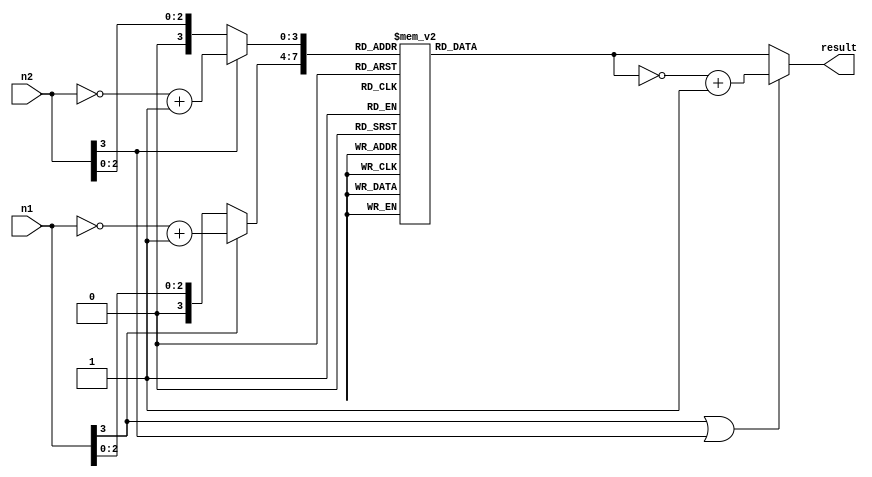
module rom(n1,n2,result);

input [3:0] n1, n2;
output wire [7:0] result;

wire [3:0] n1_mag, n2_mag;

reg [7:0] product;

assign n1_mag = n1[3] ? ~n1+1 : n1; //if msb is 1 (negative) then convert to positive.
assign n2_mag = n2[3] ? ~n2+1 : n2;

always @ (n1_mag or n2_mag) begin
	case({n1_mag,n2_mag})
		17: product = 1; //1*1
		18: product = 2; //1*2
		19: product = 3; //1*3
		20: product = 4;
		21: product = 5;
		22: product = 6;
		23: product = 7;
		24: product = 8; //1*8
	
		33: product = 2; //2*1
		34: product = 4; //2*2
		35: product = 6; //2*3
		36: product = 8;
		37: product = 10;
		38: product = 12;
		39: product = 14;
		40: product = 16; //2*8

		49: product = 3; //3*1
		50: product = 6; //3*2
		51: product = 9; //3*3
		52: product = 12;
		53: product = 15;
		54: product = 18;
		55: product = 21;
		56: product = 24; //3*8

		65: product = 4; //4*1
		66: product = 8; //4*2
		67: product = 12; //4*3
		68: product = 16;
		69: product = 20;
		70: product = 24;
		71: product = 28;
		72: product = 32; //4*8

		81: product = 5; //5*1
		82: product = 10;
		83: product = 15;
		84: product = 20;
		85: product = 25;
		86: product = 30;
		87: product = 35;
		88: product = 40; //5*8

		97: product = 6; //6*1
		98: product = 12;
		99: product = 18;
		100: product = 24;
		101: product = 30;
		102: product = 36;
		103: product = 42;
		104: product = 48; //6*8

		113: product = 7; //7*1
		114: product = 14;
		115: product = 21;
		116: product = 28;
		117: product = 35;
		118: product = 42;
		119: product = 49;
		120: product = 56; //7*8

		129: product = 8; //8*1
		130: product = 16; 
		131: product = 24;
		132: product = 32;
		133: product = 40;
		134: product = 48;
		135: product = 56;
		136: product = 64; //8*8
	
		default: product = 0;
	endcase
end

//if one of the inputs was negative, the product is negative.
assign result = n1[3]|n2[3] ? ~product+1 : product;

endmodule